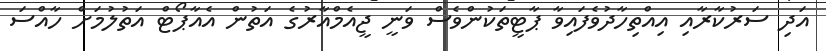
އަދި ސަރުކާރާއި އިއްތިހާދުވެފައިވާ ޕާޓީތަކުންވެސް ވަނީ ޖީއެމްއާރުގެ އަތުން އެއާޕޯޓް އަތުލުމަށް ހާއްސަ